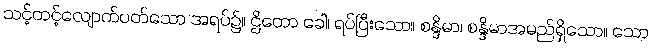
သင့်တင့်လျောက်ပတ်သော အရပ်၌။ ဌိတော ခေါ၊ ရပ်ပြီးသော။ စန္ဒိမာ၊ စန္ဒိမာအမည်ရှိသော။ သော